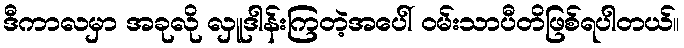
ဒီကာလမှာ အခုလို လှူဒါန်းကြတဲ့အပေါ် ဝမ်းသာပီတိဖြစ်ရပါတယ်။